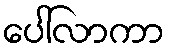
ပေါ်လာကာ